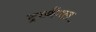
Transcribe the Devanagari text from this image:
ट्रायँगल